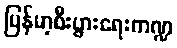
မြန်မာ့စီးပွားရေးကဏ္ဍ